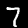
Digit: 7